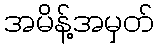
အမိန့်အမှတ်